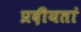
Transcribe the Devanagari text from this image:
प्रदीयतां